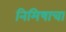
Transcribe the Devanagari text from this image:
निमिषाचा